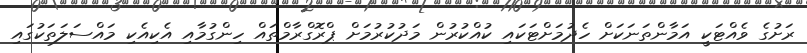
ރަށުގެ ވެއްޓަކީ އަމާންތަނަކަށް ހެދުމަށްޓަކައި ކުއްކުރުން މަދުކުރުމަށް ޕްރޮގްރާމްތައް ހިންގުމާއި އެކިއެކި މައްސަލަތަކުގައި